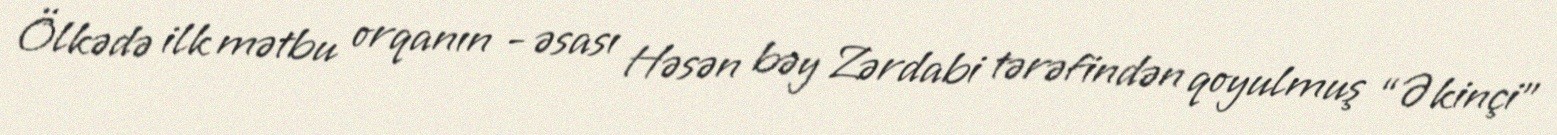
Ölkədə ilk mətbu orqanın - əsası Həsən bəy Zərdabi tərəfindən qoyulmuş “Əkinçi”